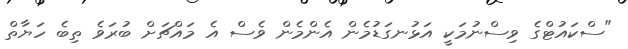
"ސްކައުޓްގެ ވިސްނުމަކީ އަޅުނގަޑުމެން އެންމެން ވެސް އެ މައްޗަށް ބުރަވެ ތިބެ ހަޔާތް